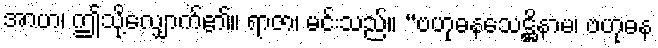
အာဟ၊ ဤသို့လျှောက်၏။ ရာဇာ၊ မင်းသည်။ “ဗဟုဓနသေဋ္ဌိနာမ၊ ဗဟုဓန